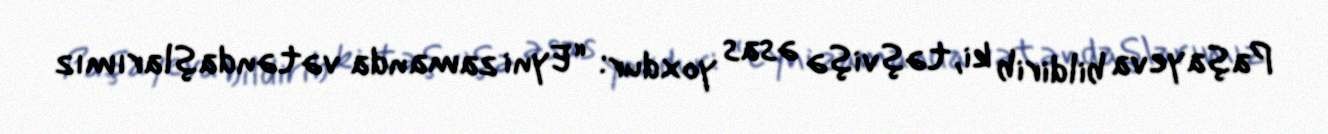
Paşayeva bildirib ki, təşvişə əsas yoxdur: “Eyni zamanda vətəndaşlarımız